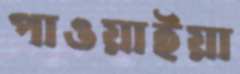
পাওয়াইয়া